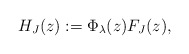
\begin{align*}H_{J}(z):=\Phi_{\lambda}(z)F_{J}(z),\end{align*}